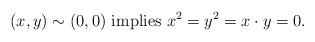
LaTeX: \begin{align*} (x,y)\sim (0,0) \mbox{ implies }x^{2}=y^{2}= x\cdot y =0.\end{align*}